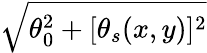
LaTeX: \sqrt{\theta_{0}^{2}+[\theta_{s}(x,y)]^{2}}